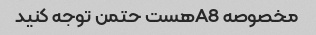
مخصوصه A8هست حتمن توجه کنید